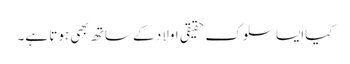
کیاایسا سلوک حقیقی اولاد کے ساتھ بھی ہوتا ہے۔